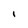
Character: l